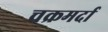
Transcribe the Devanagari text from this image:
चक्रमर्दा